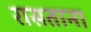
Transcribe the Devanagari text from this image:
रासताना